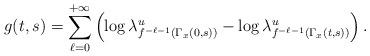
LaTeX: \begin{align*}g(t,s)=\sum_{\ell=0}^{+\infty}\left(\log\lambda^u_{f^{-\ell-1}(\Gamma_x(0,s))}-\log\lambda^u_{f^{-\ell-1}(\Gamma_x(t,s))}\right).\end{align*}